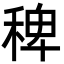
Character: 稗